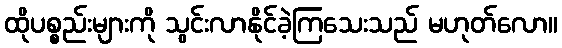
ထိုပစ္စည်းများကို သွင်းလာနိုင်ခဲ့ကြသေးသည် မဟုတ်လော။